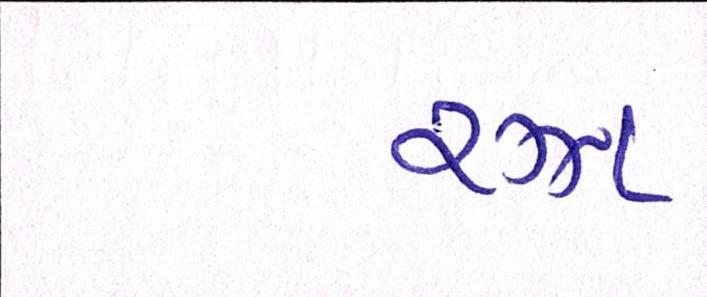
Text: રઝા